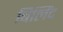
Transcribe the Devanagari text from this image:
बिलिंद